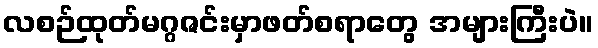
လစဉ်ထုတ်မဂ္ဂဇင်းမှာဖတ်စရာတွေ အများကြီးပဲ။